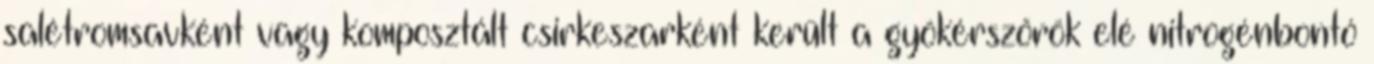
salétromsavként vagy komposztált csirkeszarként került a gyökérszőrök elé nitrogénbontó